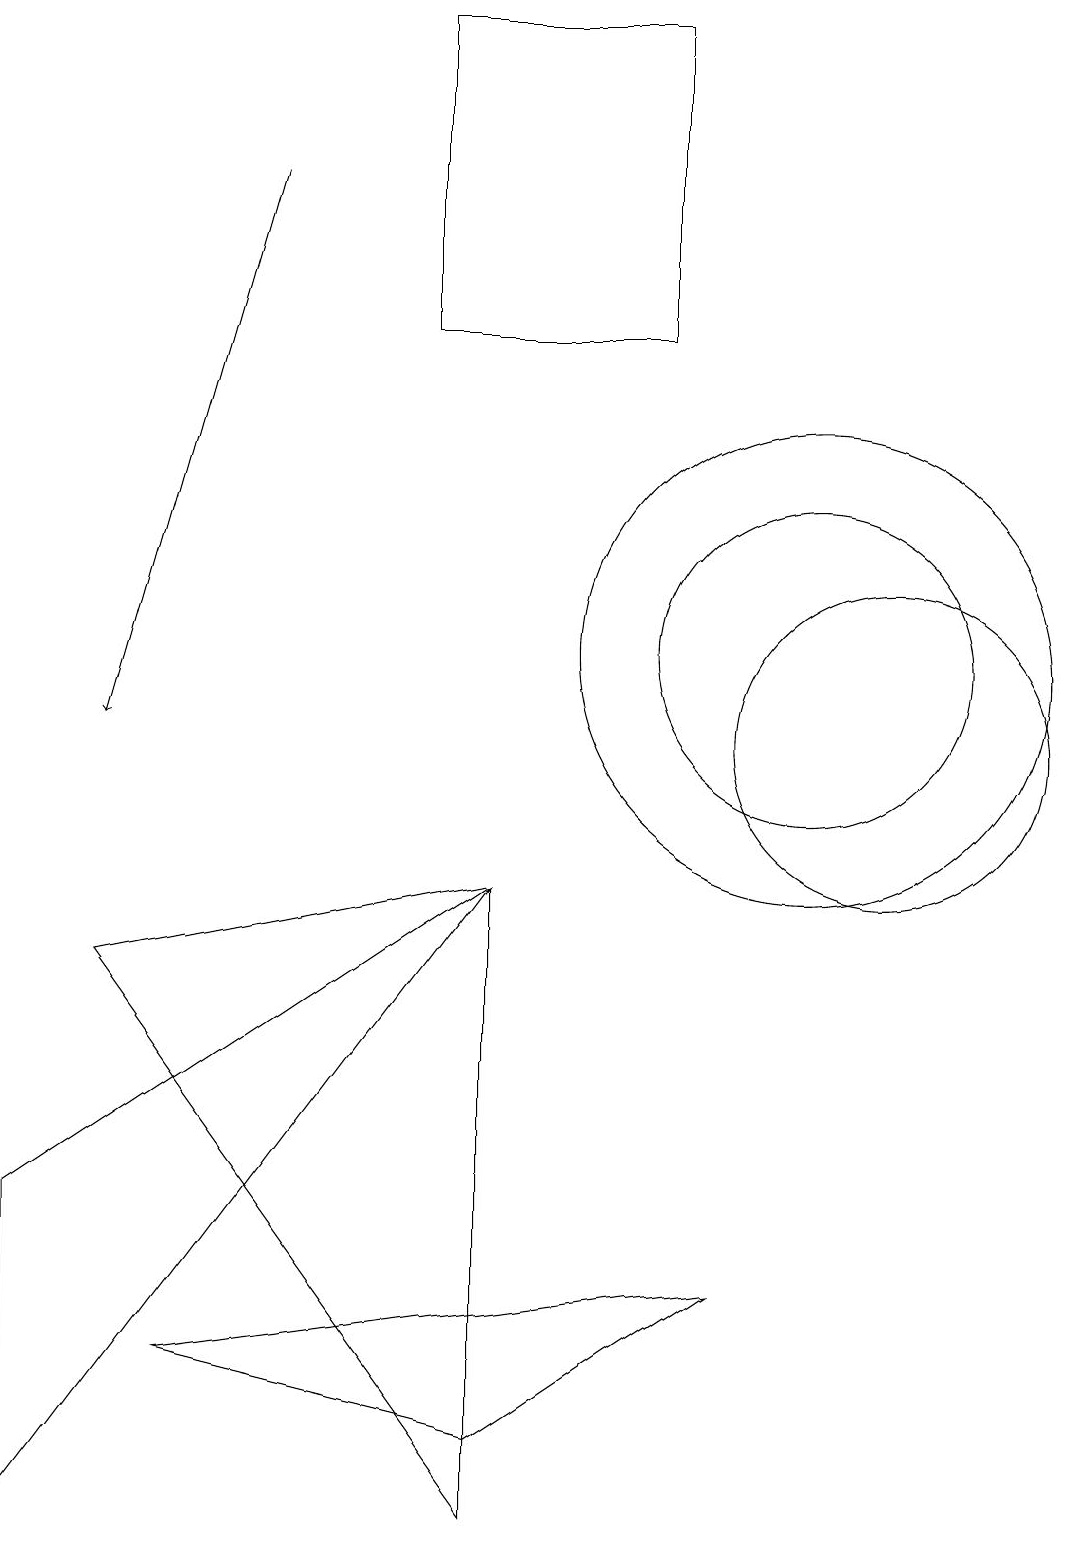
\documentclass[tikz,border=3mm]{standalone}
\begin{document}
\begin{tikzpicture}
\draw (10,11) circle (2);
\draw[->] (3,17) -- (1,10);
\draw (1,7) -- (6,0) -- (6,8) -- cycle;
\draw (10,11) circle (3);
\draw (2,2) -- (6,1) -- (9,3) -- cycle;
\draw (11,10) circle (2);
\draw (8,15) rectangle (5,19);
\draw (6,8) -- (0,0) -- (0,4) -- cycle;
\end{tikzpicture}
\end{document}